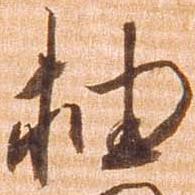
抽